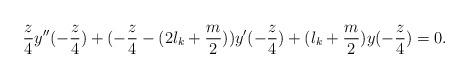
LaTeX: \begin{align*}\frac{z}{4} y''(-\frac{z}{4}) + (-\frac{z}{4} - (2l_k + \frac{m}{2}))y'(-\frac{z}{4}) + (l_k + \frac{m}{2})y(-\frac{z}{4}) = 0.\end{align*}